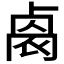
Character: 𠨁